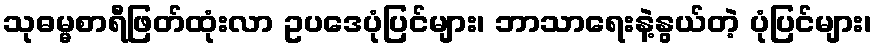
သုဓမ္မစာရီဖြတ်ထုံးလာ ဥပဒေပုံပြင်များ၊ ဘာသာရေးနဲ့နွယ်တဲ့ ပုံပြင်များ၊